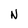
Character: N